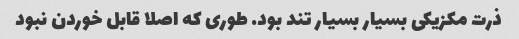
ذرت مکزیکی بسیار بسیار تند بود. طوری که اصلا قابل خوردن نبود